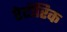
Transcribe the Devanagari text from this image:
रेटॉरिक